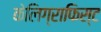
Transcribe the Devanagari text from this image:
केलिग्राफिस्ट